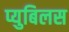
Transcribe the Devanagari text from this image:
प्युबिलस